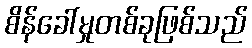
စိန်ခေါ်မှုတစ်ခုဖြစ်သည်